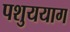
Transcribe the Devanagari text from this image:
पशुययाग